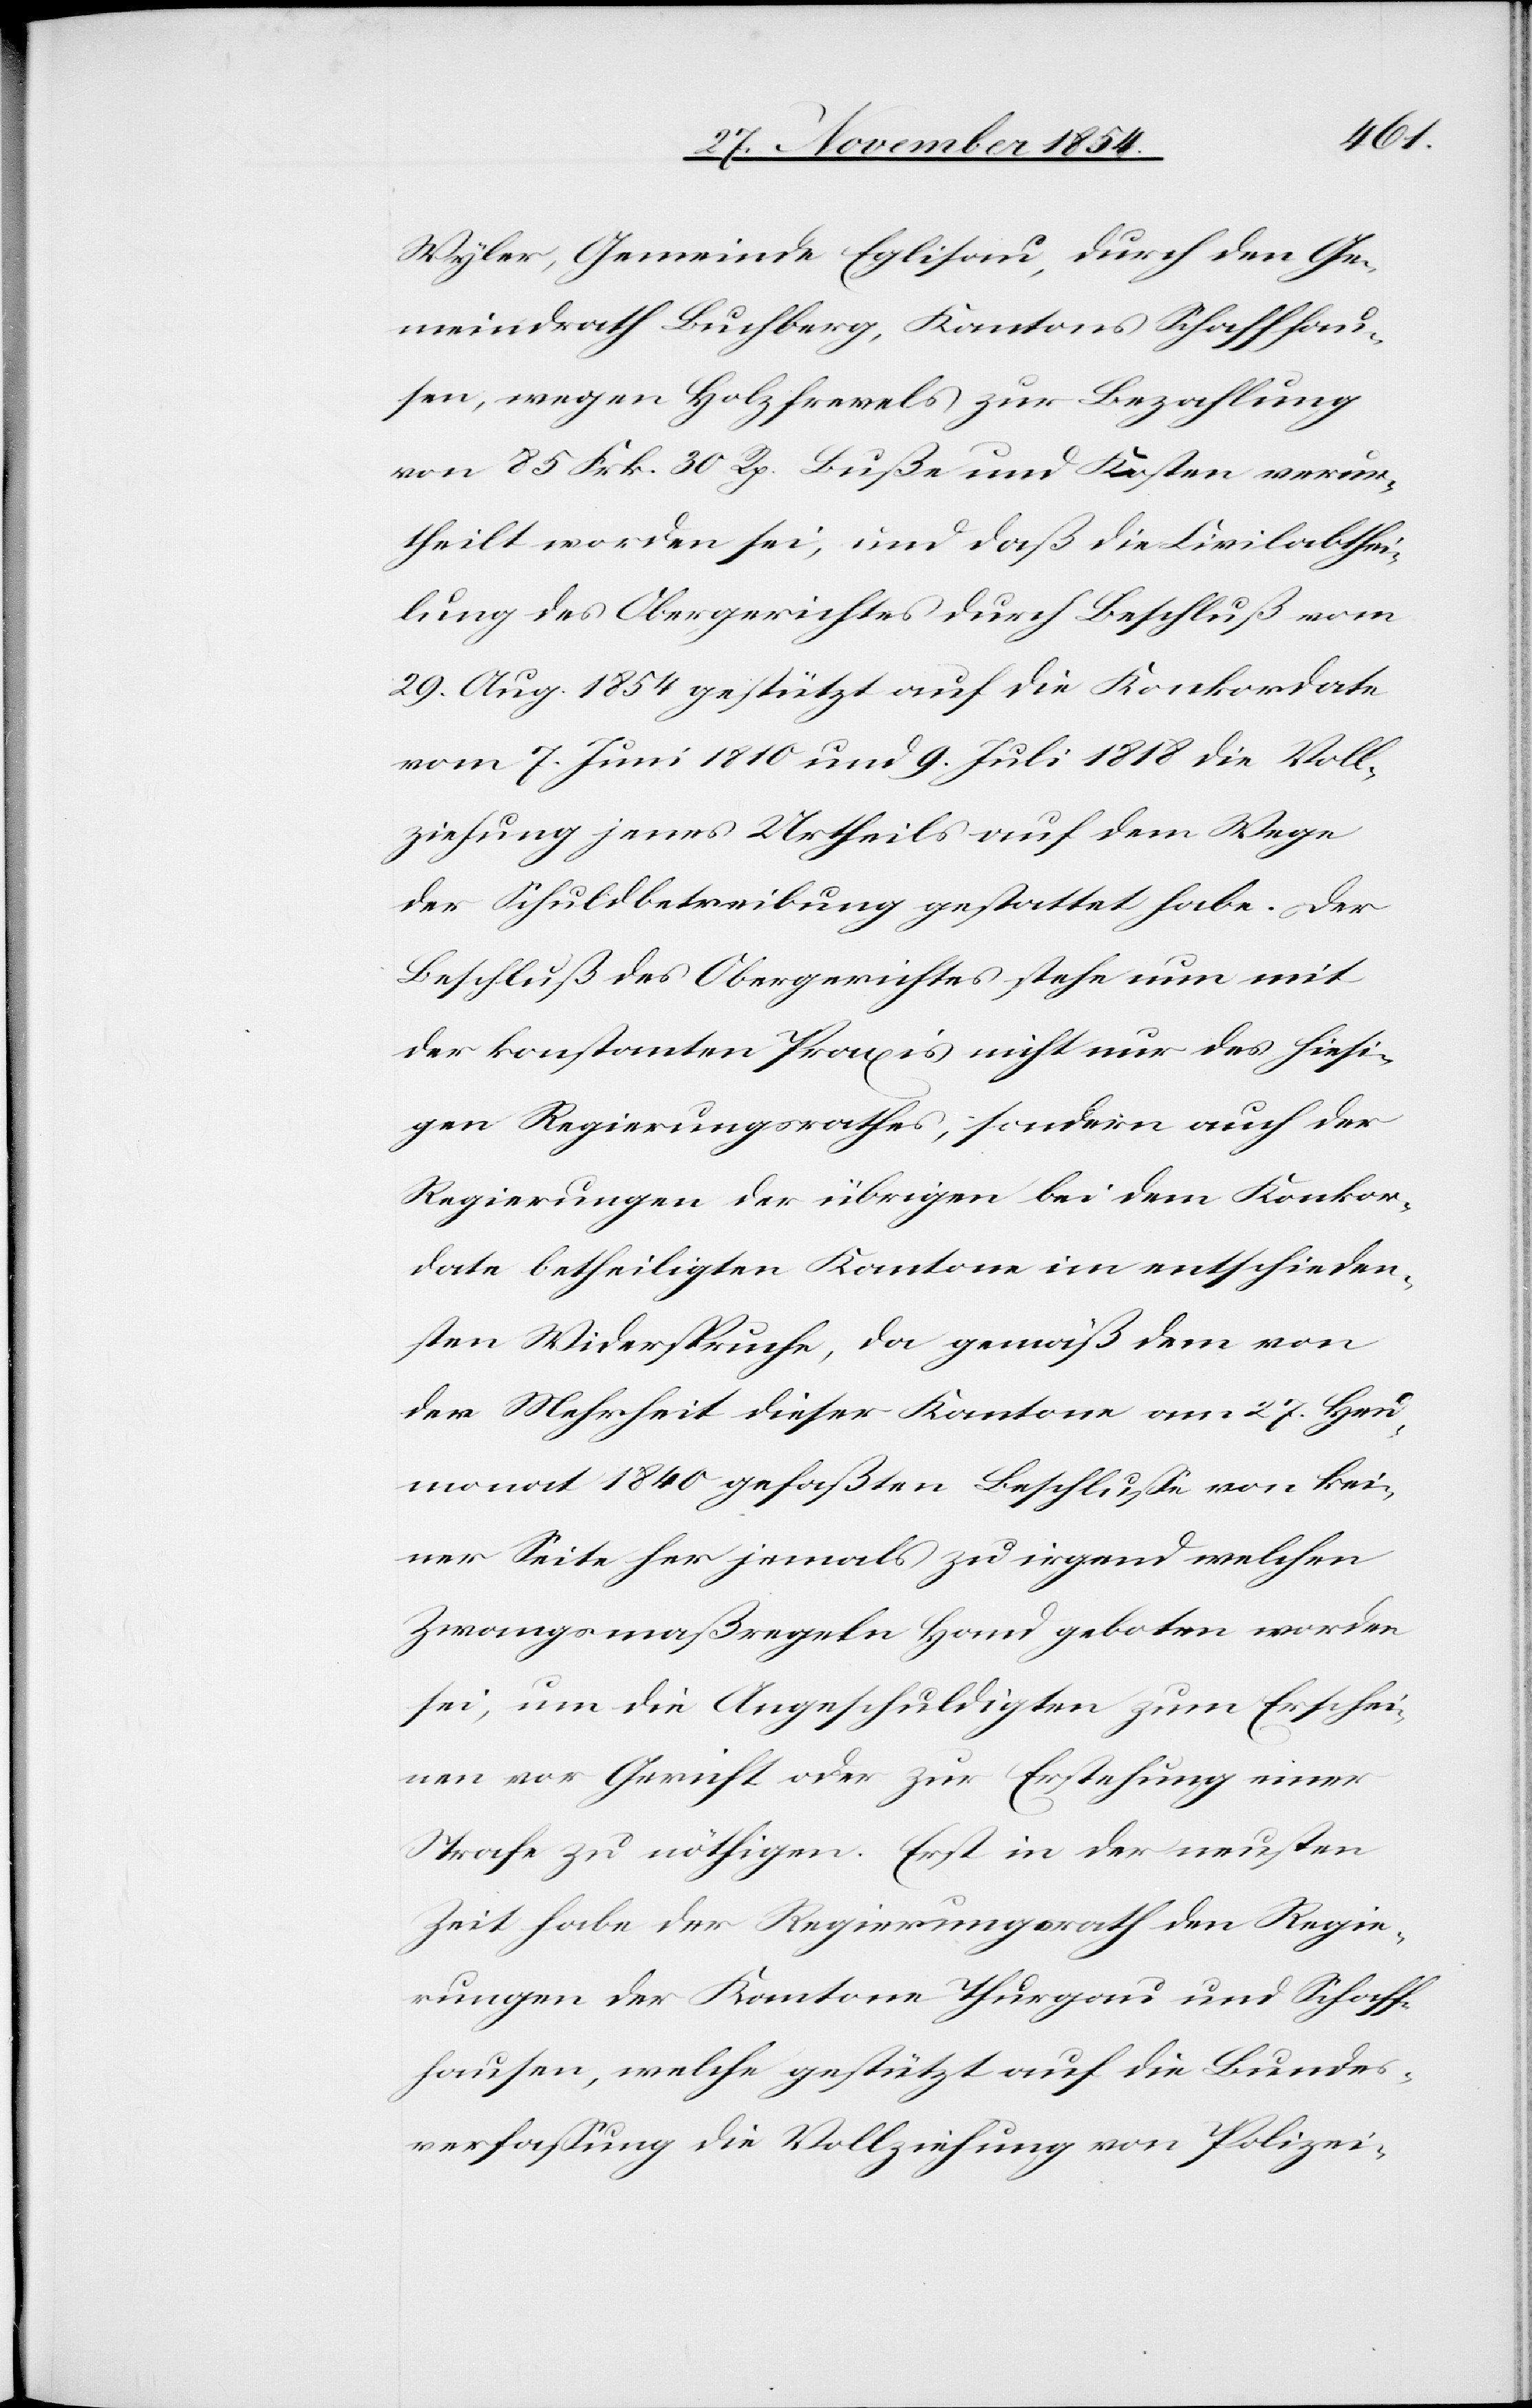
Wyler, Gemeinde Eglisau, durch den Ge¬
meindrath Buchberg, Kantons Schaffhau¬
sen, wegen Holzfrevels zur Bezahlung
von 85 Frk. 30 Rp. Buße und Kosten verur¬
theilt worden sei, und daß die Civilabthei¬
lung des Obergerichtes durch Beschluß vom
29. Aug. 1854 gestützt auf die Konkordate
vom 7. Juni 1810 und 9. Juli 1818 die Voll¬
ziehung jenes Urtheils auf dem Wege
der Schuldbetreibung gestattet habe. Der
Beschluß des Obergerichtes stehe nun mit
der konstanten Praxis nicht nur des hiesi¬
gen Regierungsrathes, sondern auch der
Regierungen der übrigen bei dem Konkor¬
date betheiligten Kantone im entschieden¬
sten Widerspruche, da gemäß dem von
der Mehrheit dieser Kantone am 27. Heu¬
monat 1840 gefaßten Beschluße von kei¬
ner Seite her jemals zu irgend welchen
Zwangsmaßregeln Hand geboten worden
sei, um die Angeschuldigten zum Erschei¬
nen vor Gericht oder zur Erstehung einer
Strafe zu nöthigen. Erst in der neusten
Zeit habe der Regierungsrath den Regie¬
rungen der Kantone Thurgau und Schaff¬
hausen, welche gestützt auf die Bundes¬
verfaßung die Vollziehung von Polizei-